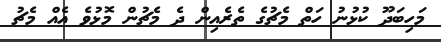
މަހިބަދޫ ކުޅުނު ހަތް މެޗުގެ ތެރެއިން ދެ މެޗުން މޮޅުވެ އެއް މެޗު